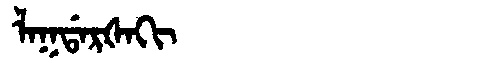
Manchu: ᠯᠠᡴᡩᠠᡵᡧᠠᡴᡳ
Romanization: LAKDARŠAKI